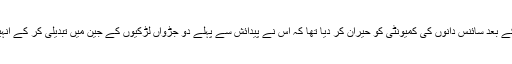
پچھلے سال ایک اور چینی سائنس دان جیان کوئی نے اس انکشاف کے بعد سائنس دانوں کی کمیونٹی کو حیران کر دیا تھا کہ اس نے پیدائش سے پہلے دو جڑواں لڑکیوں کے جین میں تبدیلی کر کے انہیں ایچ آئی وی سے محفوظ بنا دیا تھا، جس کا انہیں خطرہ لاحق تھا۔